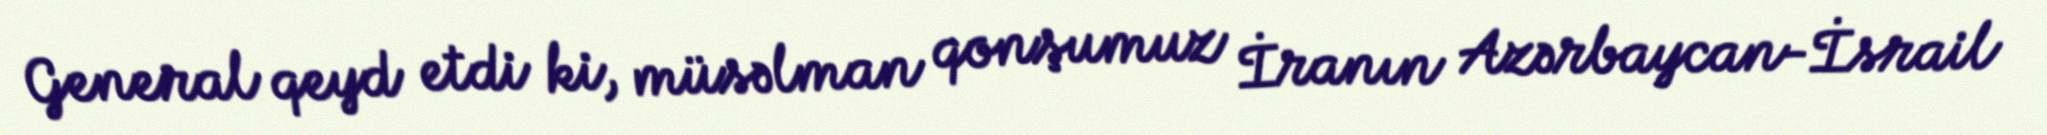
General qeyd etdi ki, müsəlman qonşumuz İranın Azərbaycan-İsrail